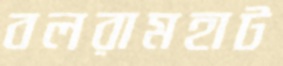
বলরামহাট